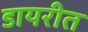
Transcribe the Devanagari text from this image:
डायरीत